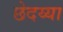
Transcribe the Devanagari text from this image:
छेदय्या